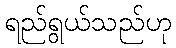
ရည်ရွယ်သည်ဟု